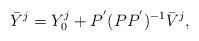
LaTeX: \begin{align*}\bar{Y}^j =Y_0^j + P ^{'} (P P ^{'}) ^{-1} \bar{V}^j ,\end{align*}